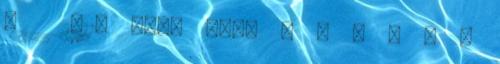
4 2011. jkv. szám J E G Y Z Ő